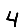
Digit: 4